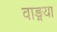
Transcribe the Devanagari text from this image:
वाङ्मया